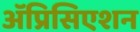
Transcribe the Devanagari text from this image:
ॲप्रिसिएशन